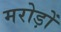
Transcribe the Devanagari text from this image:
मरोड़ों